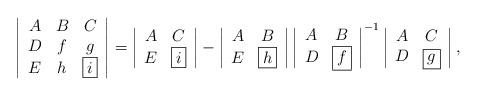
LaTeX: \begin{align*}\left|\begin{array}{ccc}A&B&C\\D&f&g\\E&h&\boxed{i}\end{array}\right|=\left|\begin{array}{cc}A&C\\E&\boxed{i}\end{array}\right|-\left|\begin{array}{cc}A&B\\E&\boxed{h}\end{array}\right|\left|\begin{array}{cc}A&B\\D&\boxed{f}\end{array}\right|^{-1}\left|\begin{array}{cc}A&C\\D&\boxed{g}\end{array}\right|,\end{align*}